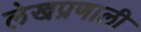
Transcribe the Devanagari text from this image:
लेखप्रणाली